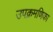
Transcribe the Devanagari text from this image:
उपक्रमणिका